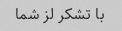
با تشکر لز شما